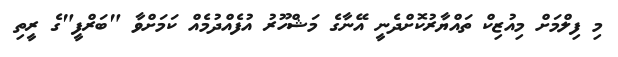
މި ފިލްމަށް މިއުޒިކް ތައްޔާރުކޮށްދެނީ އޭނާގެ މަޝްހޫރު އުފެއްދުމެއް ކަމަށްވާ "ބަރްފީ"ގެ ރީތި